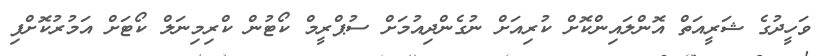
ވަހީދުގެ ޝަރީއަތް އޮންލައިންކޮށް ކުރިއަށް ނުގެންދިއުމަށް ސުޕްރީމް ކޯޓުން ކްރިމިނަލް ކޯޓަށް އަމުރުކޮށްފި